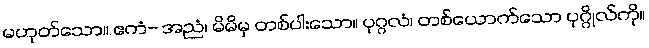
မဟုတ်သော။ ဧကံ- အညံ၊ မိမိမှ တစ်ပါးသော။ ပုဂ္ဂလံ၊ တစ်ယောက်သော ပုဂ္ဂိုလ်ကို။